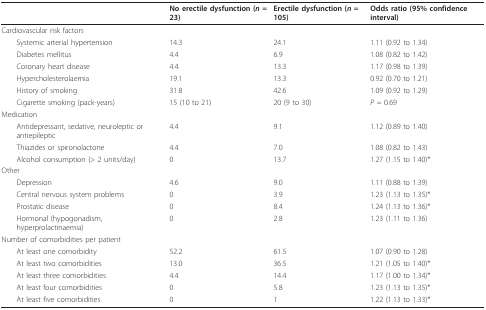
<table><thead><tr><td></td><td><b>No erectile dysfunction (<i>n </i>= 23)</b></td><td><b>Erectile dysfunction (<i>n </i>= 105)</b></td><td><b>Odds ratio (95% confidence interval)</b></td></tr></thead><tbody><tr><td>Cardiovascular risk factors</td><td></td><td></td><td></td></tr><tr><td> Systemic arterial hypertension</td><td>14.3</td><td>24.1</td><td>1.11 (0.92 to 1.34)</td></tr><tr><td> Diabetes mellitus</td><td>4.4</td><td>6.9</td><td>1.08 (0.82 to 1.42)</td></tr><tr><td> Coronary heart disease</td><td>4.4</td><td>13.3</td><td>1.17 (0.98 to 1.39)</td></tr><tr><td> Hypercholesterolaemia</td><td>19.1</td><td>13.3</td><td>0.92 (0.70 to 1.21)</td></tr><tr><td> History of smoking</td><td>31.8</td><td>42.6</td><td>1.09 (0.92 to 1.29)</td></tr><tr><td> Cigarette smoking (pack-years)</td><td>15 (10 to 21)</td><td>20 (9 to 30)</td><td><i>P </i>= 0.69</td></tr><tr><td>Medication</td><td></td><td></td><td></td></tr><tr><td> Antidepressant, sedative, neuroleptic or antiepileptic</td><td>4.4</td><td>9.1</td><td>1.12 (0.89 to 1.40)</td></tr><tr><td> Thiazides or spironolactone</td><td>4.4</td><td>7.0</td><td>1.08 (0.82 to 1.43)</td></tr><tr><td> Alcohol consumption (&gt; 2 units/day)</td><td>0</td><td>13.7</td><td>1.27 (1.15 to 1.40)*</td></tr><tr><td>Other</td><td></td><td></td><td></td></tr><tr><td> Depression</td><td>4.6</td><td>9.0</td><td>1.11 (0.88 to 1.39)</td></tr><tr><td> Central nervous system problems</td><td>0</td><td>3.9</td><td>1.23 (1.13 to 1.35)*</td></tr><tr><td> Prostatic disease</td><td>0</td><td>8.4</td><td>1.24 (1.13 to 1.36)*</td></tr><tr><td> Hormonal (hypogonadism, hyperprolactinaemia)</td><td>0</td><td>2.8</td><td>1.23 (1.11 to 1.36)</td></tr><tr><td>Number of comorbidities per patient</td><td></td><td></td><td></td></tr><tr><td> At least one comorbidity</td><td>52.2</td><td>61.5</td><td>1.07 (0.90 to 1.28)</td></tr><tr><td> At least two comorbidities</td><td>13.0</td><td>36.5</td><td>1.21 (1.05 to 1.40)*</td></tr><tr><td> At least three comorbidities</td><td>4.4</td><td>14.4</td><td>1.17 (1.00 to 1.34)*</td></tr><tr><td> At least four comorbidities</td><td>0</td><td>5.8</td><td>1.23 (1.13 to 1.35)*</td></tr><tr><td> At least five comorbidities</td><td>0</td><td>1</td><td>1.22 (1.13 to 1.33)*</td></tr></tbody></table>